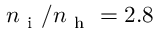
n _ { \mathrm { ~ i ~ } } / n _ { \mathrm { ~ h ~ } } = 2 . 8